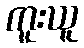
ကူးယူ